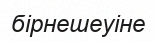
бірнешеуіне